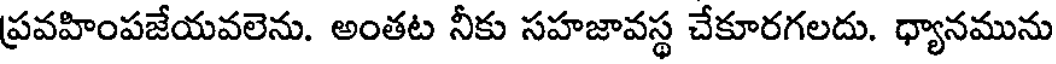
ప్రవహింపజేయవలెను. అంతట నీకు సహజావస్థ చేకూరగలదు. ధ్యానమును